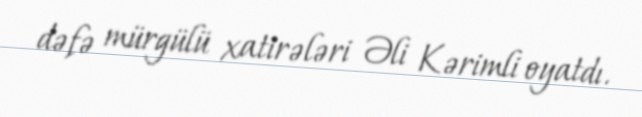
dəfə mürgülü xatirələri Əli Kərimli oyatdı.